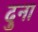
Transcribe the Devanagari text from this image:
दुना